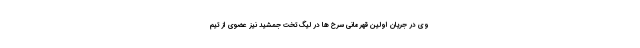
وی در جریان اولین قهرمانی سرخ ها در لیگ تخت جمشید نیز عضوی از تیم